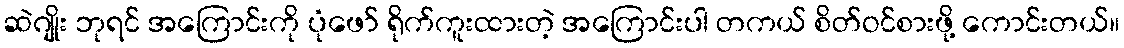
ဆဲဂျိုး ဘုရင် အကြောင်းကို ပုံဖော် ရိုက်ကူးထားတဲ့ အကြောင်းပါ တကယ် စိတ်ဝင်စားဖို့ ကောင်းတယ်။